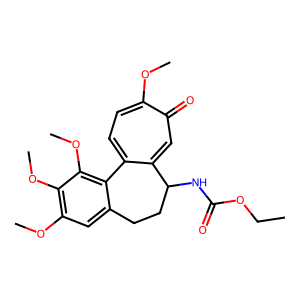
SMILES: CCOC(=O)NC1CCc2cc(OC)c(OC)c(OC)c2-c2ccc(OC)c(=O)cc21
Inhibits HIV replication: No